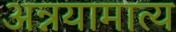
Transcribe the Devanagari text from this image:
अन्नयामात्य